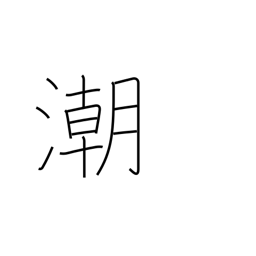
Meaning: tide